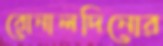
রোনালদিনোর